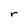
Character: r